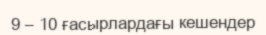
9 – 10 ғасырлардағы кешендер